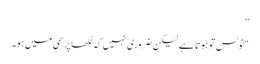
”
“نوٹس تو ہوتا ہے لیکن ضروری نہیں کہ لکھا پڑھی میں ہو۔